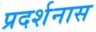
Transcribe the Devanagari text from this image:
प्रदर्शनास